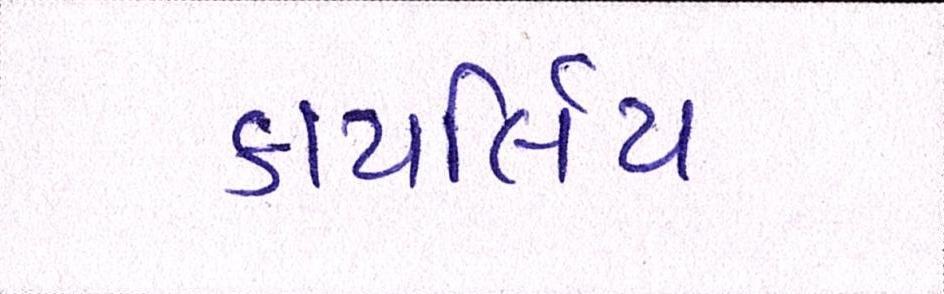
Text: કાયર્લિય